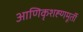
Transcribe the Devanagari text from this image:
आणिकृशह्णमूर्ती